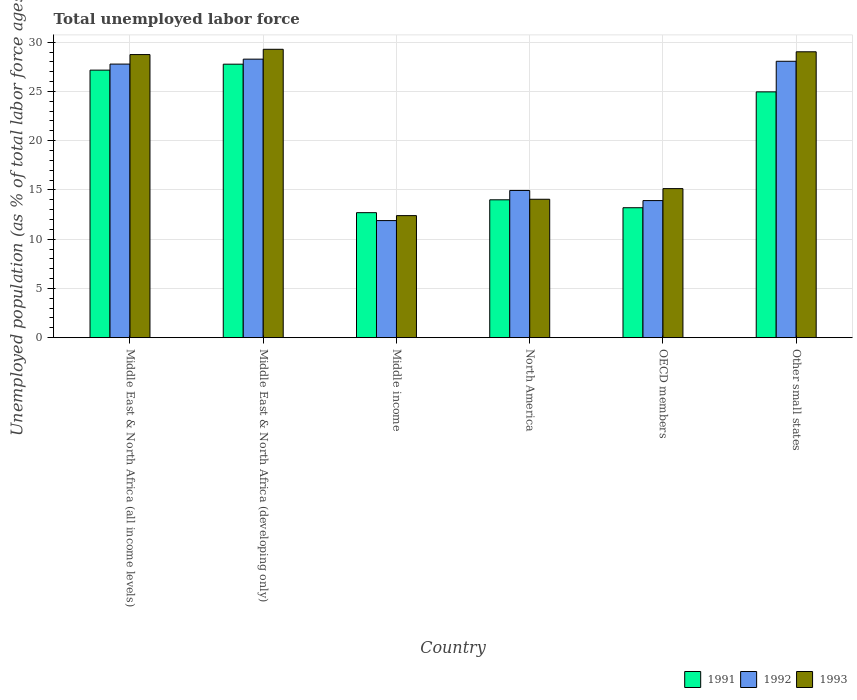
| Country | 1991 | 1992 | 1993 |
 | --- | --- | --- | --- |
 | Middle East & North Africa (all income levels) | 27.2 | 27.8 | 28.7 |
 | Middle East & North Africa (developing only) | 27.8 | 28.3 | 29.3 |
 | Middle income | 12.7 | 11.9 | 12.4 |
 | North America | 14 | 14.9 | 14.1 |
 | OECD members | 13.2 | 13.9 | 15.1 |
 | Other small states | 25 | 28.1 | 29 |